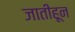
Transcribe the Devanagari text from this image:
जातीहून